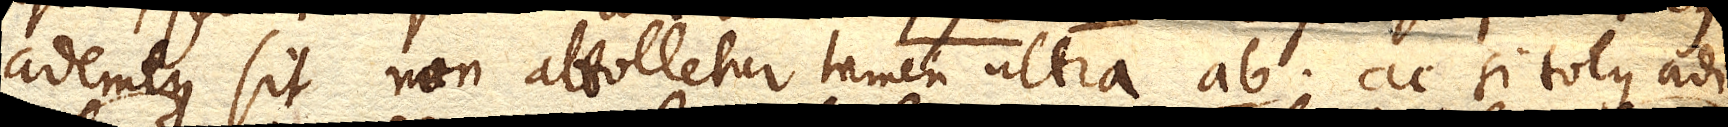
ademtus sit non attolletur tamen ultra ab. ac si totus adi-